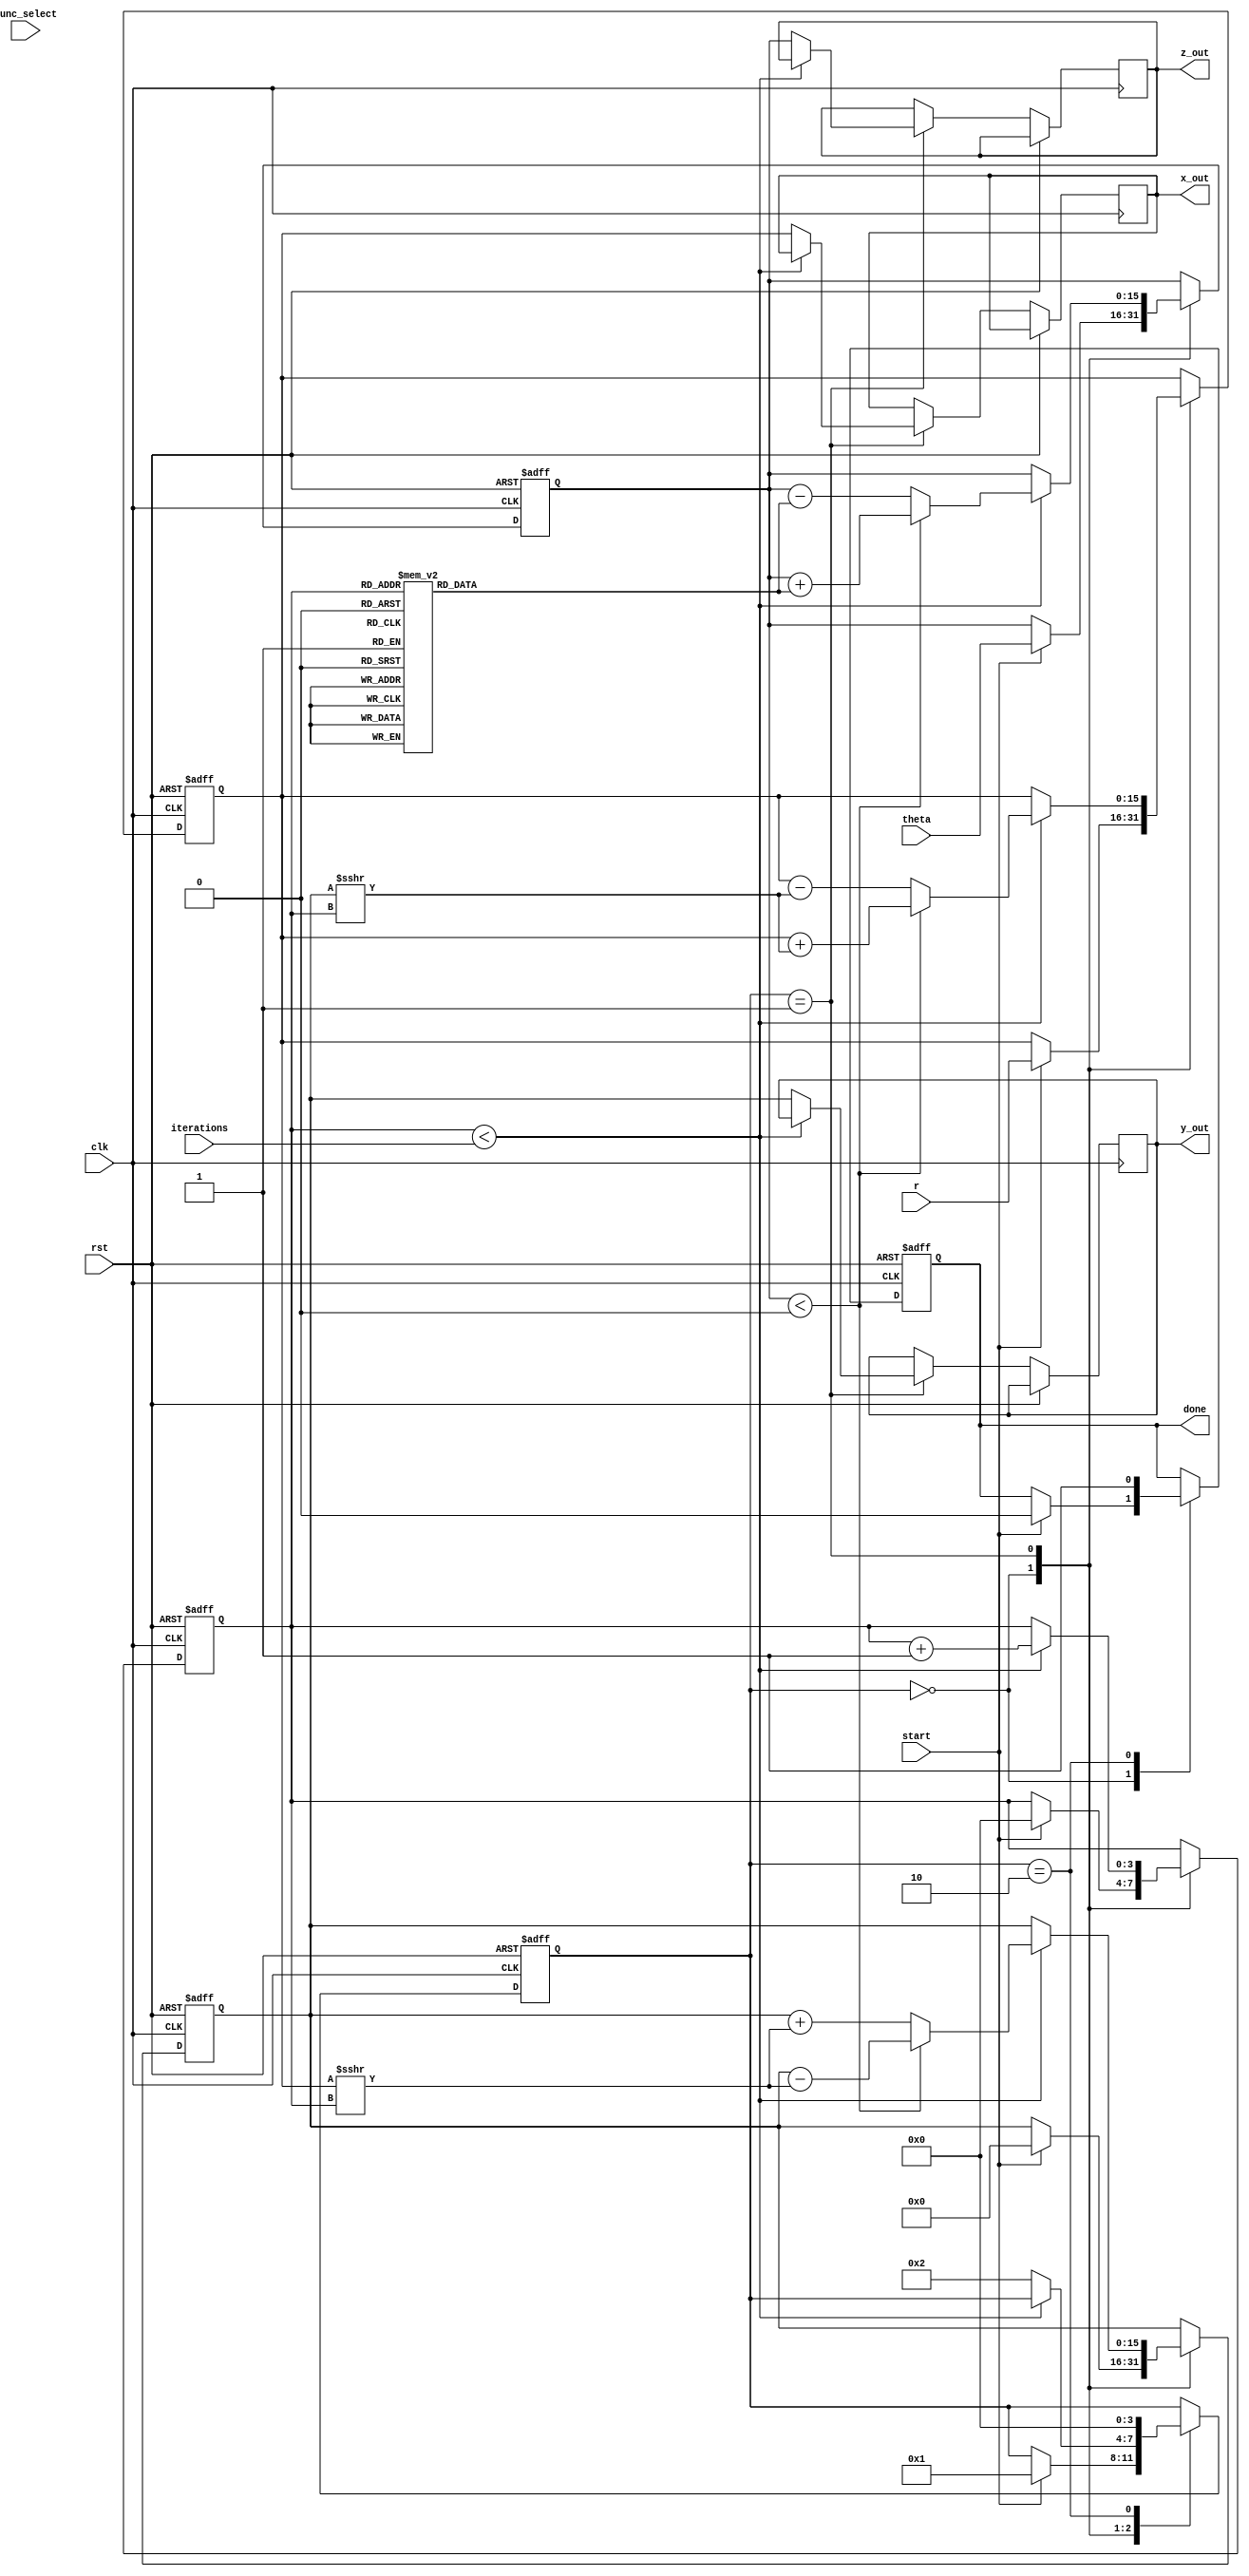
module cordic_fixed_point #(
    parameter WIDTH = 16, // Width of fixed-point representation
    parameter ITERATIONS = 16 // Number of iterations for CORDIC
)(
    input wire clk,
    input wire rst,
    input wire [WIDTH-1:0] theta, // Angle input in radians
    input wire [WIDTH-1:0] r, // Magnitude input
    input wire [1:0] func_select, // Function control signals
    input wire [3:0] iterations, // Number of iterations
    input wire start,
    output reg [WIDTH-1:0] x_out, // X output
    output reg [WIDTH-1:0] y_out, // Y output
    output reg [WIDTH-1:0] z_out, // Z output
    output reg done // Operation complete signal
);

    // Internal registers
    reg [WIDTH-1:0] x_reg;
    reg [WIDTH-1:0] y_reg;
    reg [WIDTH-1:0] z_reg;
    reg [WIDTH-1:0] r_reg;

    // CORDIC arctangent values (fixed-point representation)
    reg [WIDTH-1:0] atan_table [0:ITERATIONS-1];
    
    // Initialize arctangent values
    initial begin
        atan_table[0] = 16'h2000; // atan(2^-0) = 0.5
        atan_table[1] = 16'h1333; // atan(2^-1) = 0.3333
        atan_table[2] = 16'h0A3D; // atan(2^-2) = 0.25
        // ... Initialize other values as needed
        // atan_table[3] = ...
        // ...
    end

    // State machine for CORDIC operation
    reg [3:0] state;
    reg [3:0] count;

    localparam IDLE = 0, RUN = 1, DONE = 2;

    always @(posedge clk or posedge rst) begin
        if (rst) begin
            x_reg <= 0;
            y_reg <= 0;
            z_reg <= 0;
            r_reg <= 0;
            state <= IDLE;
            done <= 0;
            count <= 0;
        end else begin
            case (state)
                IDLE: begin
                    if (start) begin
                        x_reg <= r; // Initialize X with magnitude
                        y_reg <= 0; // Initialize Y to 0
                        z_reg <= theta; // Initialize Z with angle
                        count <= 0; // Reset iteration count
                        state <= RUN;
                        done <= 0;
                    end
                end
                RUN: begin
                    if (count < iterations) begin
                        // CORDIC rotation or vectoring
                        if (z_reg < 0) begin
                            // Rotate clockwise
                            x_reg <= x_reg + (y_reg >>> count);
                            y_reg <= y_reg - (x_reg >>> count);
                            z_reg <= z_reg + atan_table[count];
                        end else begin
                            // Rotate counter-clockwise
                            x_reg <= x_reg - (y_reg >>> count);
                            y_reg <= y_reg + (x_reg >>> count);
                            z_reg <= z_reg - atan_table[count];
                        end
                        count <= count + 1;
                    end else begin
                        // Finished iterations
                        x_out <= x_reg;
                        y_out <= y_reg;
                        z_out <= z_reg;
                        state <= DONE;
                    end
                end
                DONE: begin
                    done <= 1; // Signal that operation is complete
                    state <= IDLE; // Go back to IDLE
                end
            endcase
        end
    end

endmodule